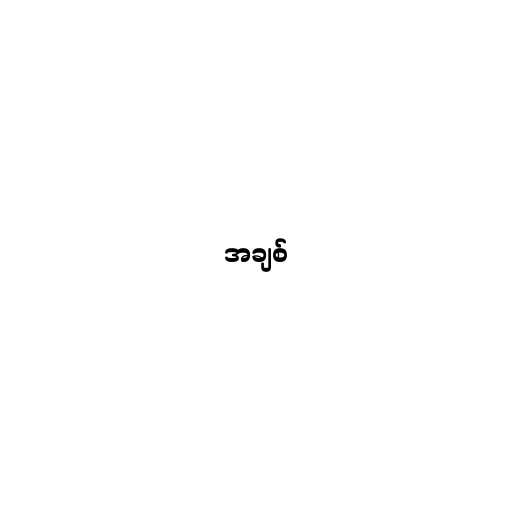
အချစ်